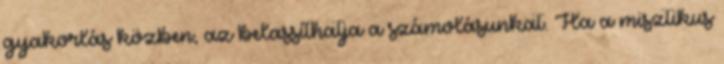
gyakorlás közben, az belassíthatja a számolásunkat. Ha a misztikus